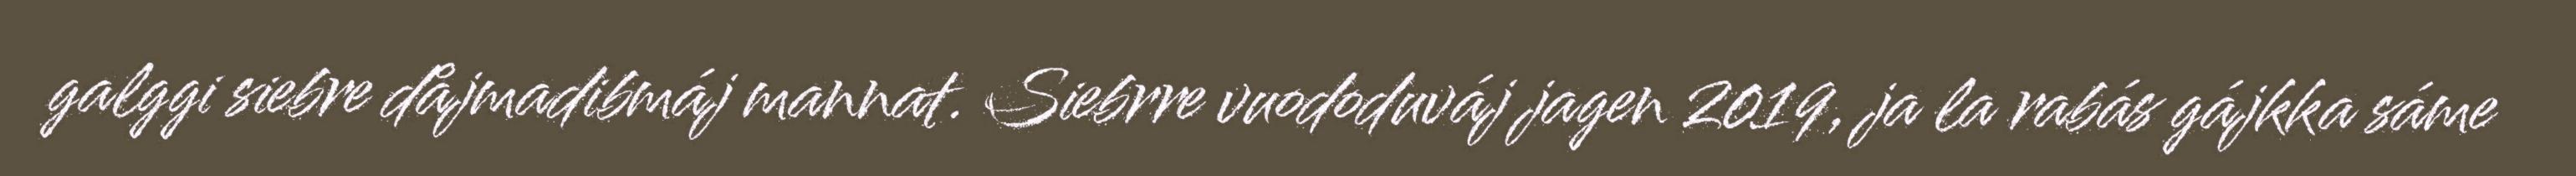
galggi siebre dåjmadibmáj mannat. Siebrre vuododuváj jagen 2019, ja la rabás gájkka sáme